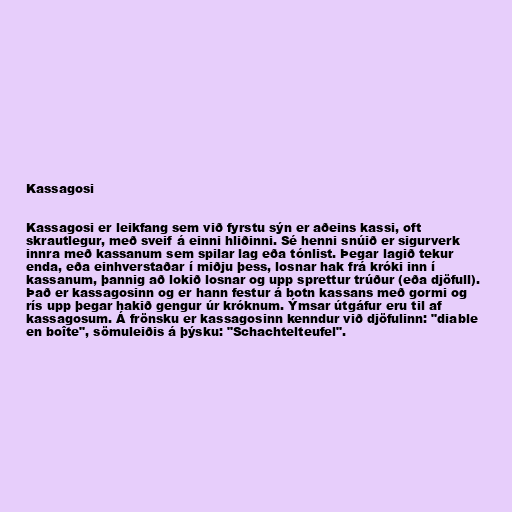
Kassagosi

Kassagosi er leikfang sem við fyrstu sýn er aðeins kassi, oft
skrautlegur, með sveif á einni hliðinni. Sé henni snúið er sigurverk
innra með kassanum sem spilar lag eða tónlist. Þegar lagið tekur
enda, eða einhverstaðar í miðju þess, losnar hak frá króki inn í
kassanum, þannig að lokið losnar og upp sprettur trúður (eða djöfull).
Það er kassagosinn og er hann festur á botn kassans með gormi og
rís upp þegar hakið gengur úr króknum. Ýmsar útgáfur eru til af
kassagosum. Á frönsku er kassagosinn kenndur við djöfulinn: "diable
en boîte", sömuleiðis á þýsku: "Schachtelteufel".